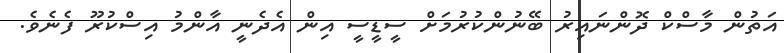
އަތުން މާސްކް ދޮންނައިރު ބޭނުންކުރުމަށް ސީޑީސީ އިން އެދެނީ އާންމު އިސްކުރޫ ފެނެވެ.